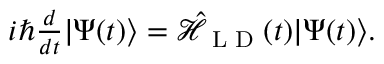
\begin{array} { r } { i \hbar \frac { d } { d t } | \Psi ( t ) \rangle = \mathcal { \hat { H } } _ { \textrm { L D } } ( t ) | \Psi ( t ) \rangle . } \end{array}